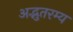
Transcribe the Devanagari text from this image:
अद्भुतरम्य